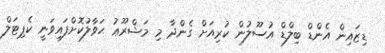
ޑިޒައިން އެންޑް ބިލްޑް އުސޫލުން ކުރިއަށް ގެންދާ މި މަޝްރޫޢު ޙަވާލުކޮށްފައިވަނީ ކެޕިޓަލް